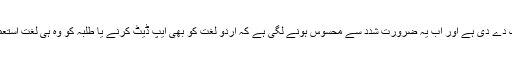
اردو زبان و ادب میں سائبر اصطلاحات کے استعمالات نے اردو لغت میں داخلہ کی دستک دے دی ہے اور اب یہ ضرورت شدد سے محسوس ہونے لگی ہے کہ اردو لغت کو بھی ایپ ڈیٹ کرنے یا طلبہ کو وہ ہی لغت استعمال کرنے کا مشورہ دیا جانا چاہئے جن میں قدیم اردو کے ساتھ سائبر اردو بھی موجود ہو۔